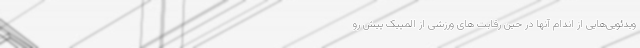
ویدئویی‌هایی از اندام آنها در حین رقابت های ورزشی از المپیک پیش رو